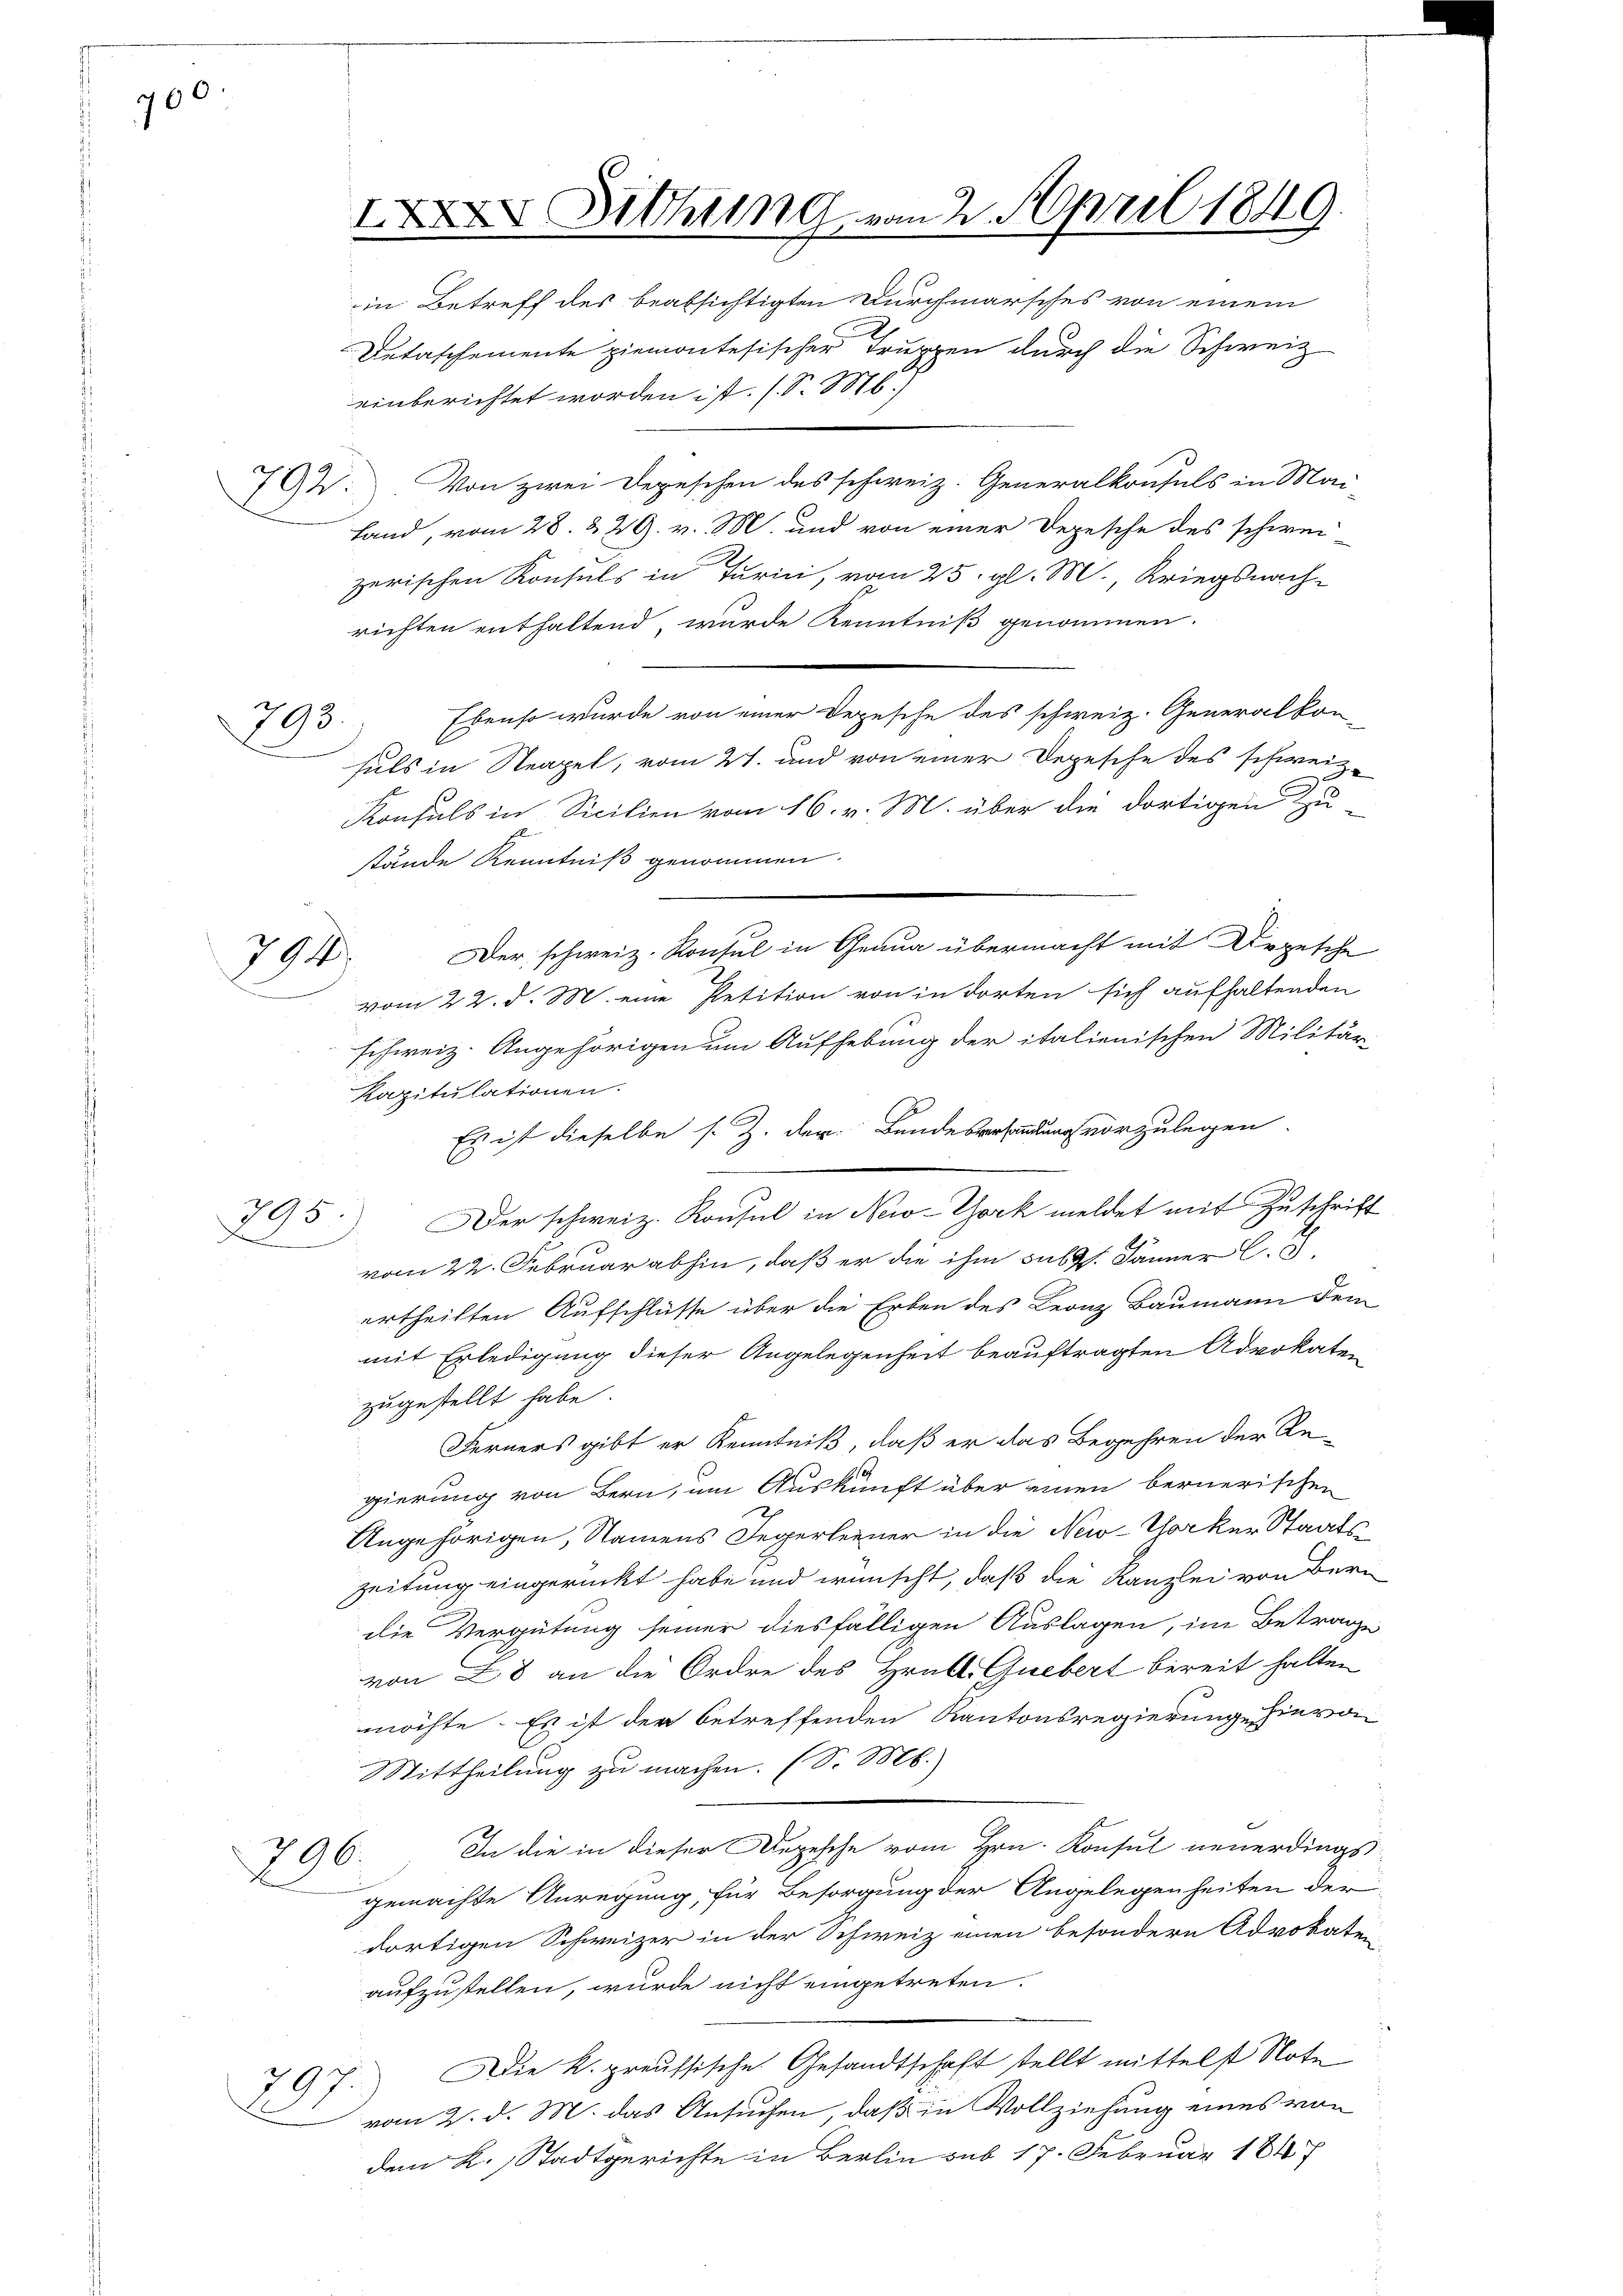
760.

793.

794.

X Dichung von 2. April 1849

in Betreff des beabsichtigten Durchmarsches von einem
Detaschemente ziemontesischer Truppen durch die Schweiz
einberichtet worden ist. (S. M.)
79. Von zwei Depeschen des schweiz. Generalkonsuls in Mai-
Land, vom 28. 229. v. M. und von einer Depesche des schweizerischen Konsuls in Turini, vom 25. gl. M., Kriegsnach-
richten enthaltend, wurde Kenntniß genommen.
Ebenso wurde von einer Depesche des schweiz. Generalkon-
suls in Steapel, vom 27. und von einer Depesche des schweiz.
Konsuls in Sicilien vom 16. v. M. über die dortigen zu
stände Kenntniß genommen.
Der schweiz. Konsul in Grana übermacht mit Urgesche
vom 22. d. M. eine Petition von in dorten sich aufhaltenden
schweiz. Angehörigen um Aufhebung der italienischen Militär-
Kapitulationen.
Es ist dieselbe s. Z. der Bundesversendung vorzulegen.
795. Der schweiz. Konsul in New-York meldet mit Zuschrift
vom 22. Februar abhin, daß er die ihm sub. Jänner C. 3.
ertheilten Aufschlüsse über die Erben des Leonz Baumann dem
mit Erledigung dieser Angelegenheit beauftragten Advokaten
zugestellt habe.
Ferners gibt er Kenntniß, daß er das Begehren der Regierung von Bern, um Auskunft über einen bernerischen
Angehörigen, Namens Jegerleiner in die Neco-Thorker Staatszeitung eingerückt habe und wünscht, daß die Kanzlei von Berdie Vergütung seiner diesfälligen Auslagen, im Betrage
von 28 an die Ordre des Hrull Guebert bereit halten
möchte. Es ist der betreffenden Kantonsregierung hievon
Mittheilung zu machen. (S. M.
In die in dieser Depesche vom Hrn. Konsul neuerdings
296.
gemachte Anregung, für Besorgung der Angelegenheiten der
dortigen Schweizer in der Schweiz einen besondern Advokaten
aufzustellen, wurde nicht eingetreten.
Die k. preussische Gesandtschaft stellt mittelst Note
797.
vom 2. d. M. das Ansuchen, daß in Vollziehung eines von
dem K. Stadtgerichte in Berlin sub 17. Februar 184